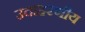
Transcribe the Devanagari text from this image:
उदाहरणीय